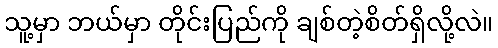
သူ့မှာ ဘယ်မှာ တိုင်းပြည်ကို ချစ်တဲ့စိတ်ရှိလို့လဲ။